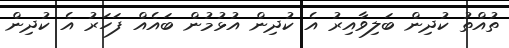
ތުއްތު ކުދިން ބަލިވާއިރު އެ ކުދިން އުޅުމުން ބައެއް ފަހަރު އެ ކުދިން